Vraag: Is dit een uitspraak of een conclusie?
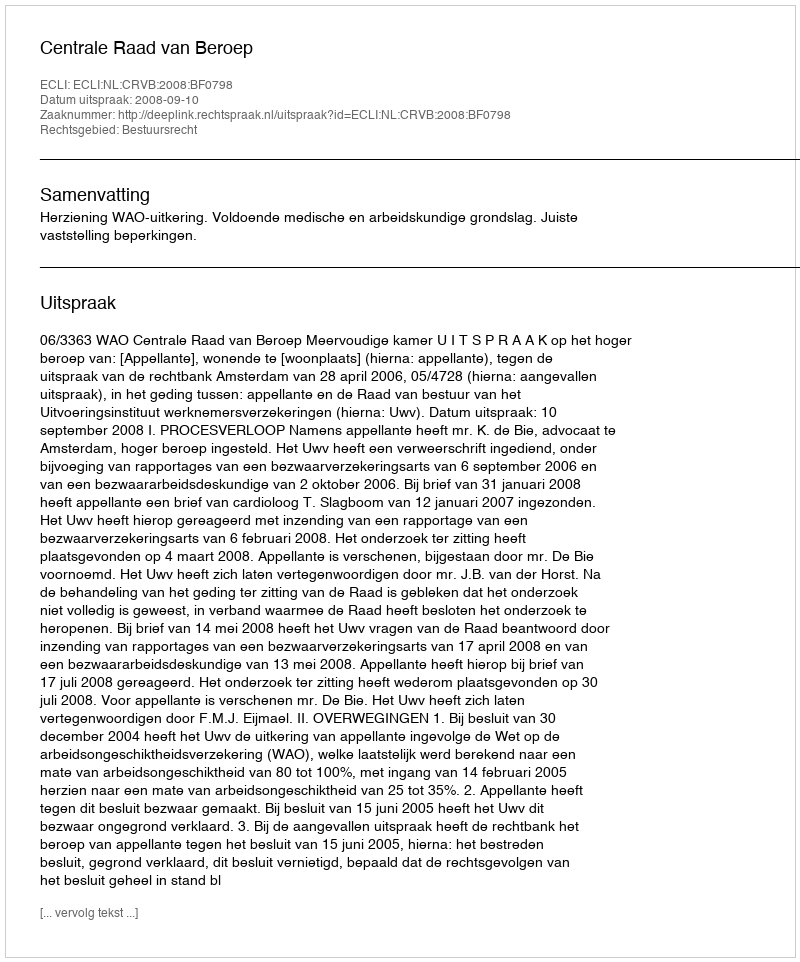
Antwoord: Uitspraak